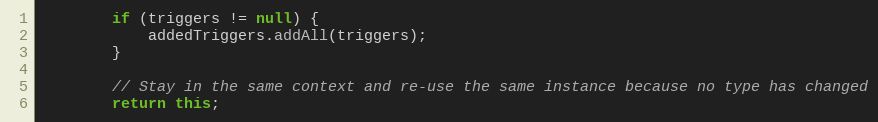
Language: Java
        if (triggers != null) {
            addedTriggers.addAll(triggers);
        }

        // Stay in the same context and re-use the same instance because no type has changed
        return this;